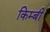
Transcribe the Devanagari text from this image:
किम्बी